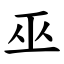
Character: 巫